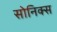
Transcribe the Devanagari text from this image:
सोनिक्स